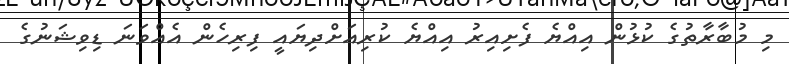
މި މުބާރާތުގެ ކުޅުން އިއްޔެ ފެށިއިރު އިއްޔެ ކުރިއަށްދިޔައީ ފިރިހެން އެއްވަނަ ޑިވިޝަނުގެ